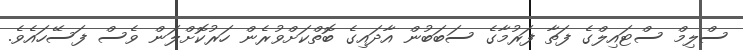
ސްލިމް ސްޓައިލްގެ ފަތާ ފަރުމާގެ ސަބަބުން އާދައިގެ ބޮތްކަށްވުރެން ހަރުކޮށްލަން ވެސް ފަސޭހައެވެ.